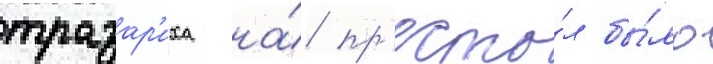
тразар'иха на́ пр'есто́л бы́ло